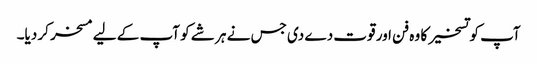
آپ کو تسخیر کا وہ فن اور قوت دے دی جس نے ہر شے کو آپ کے لیے مسخر کر دیا۔